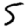
Digit: 5